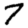
Digit: 7